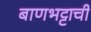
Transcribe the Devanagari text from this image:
बाणभट्टाची